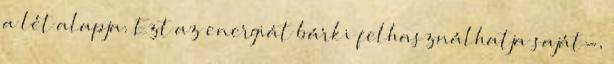
a lét alapja. Ezt az energiát bárki felhasználhatja saját-,